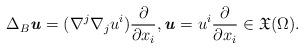
LaTeX: \begin{align*} \Delta_{B}\textbf{\textit{u}} =(\nabla^j \nabla_j u^i)\frac{\partial}{\partial x_i} ,\textbf{\textit{u}}=u^i \frac{\partial}{\partial x_i}\in \mathfrak{X} (\Omega).\end{align*}